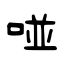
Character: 哑